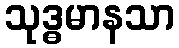
သုဒ္ဓမာနသာ